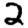
Digit: 2